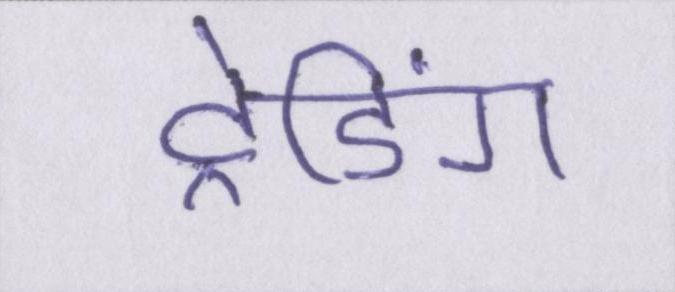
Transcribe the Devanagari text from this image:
ट्रेडिंग